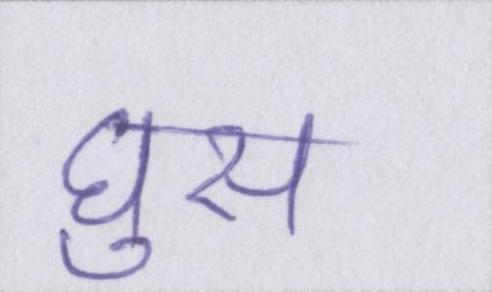
घुस